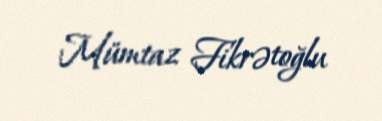
Mümtaz Fikrətoğlu